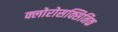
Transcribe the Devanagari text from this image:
क्लोरोसक्सिनिक